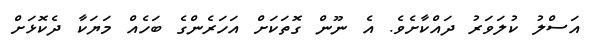
އަސްލު ކުލަވަރު ދައްކާށެވެ. އެ ނޫން ގޮތަކަށް އަހަރެންގެ ބަހެއް މަޔަކާ ދެކޮޅަށް